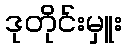
ဒုတိုင်းမှူး